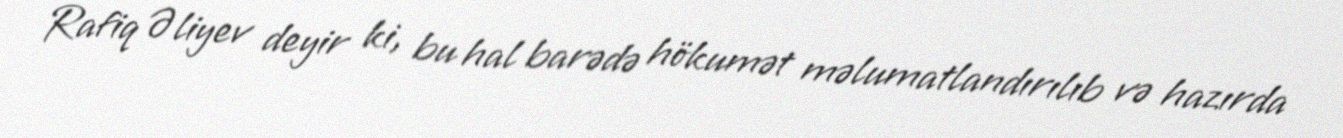
Rafiq Əliyev deyir ki, bu hal barədə hökumət məlumatlandırılıb və hazırda